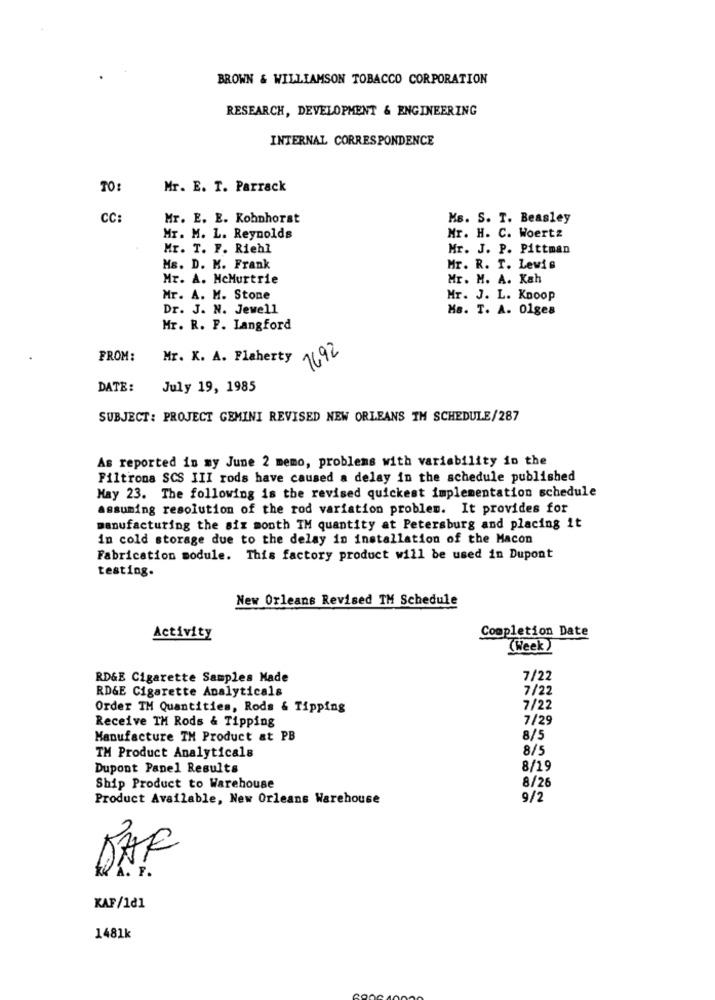
BROWN & WILLIAMSON TOBACCO CORPORATION
RESEARCH, DEVELOPMENT & ENGINEERING
INTERNAL CORRESPONDENCE
TO:
Mr. E. T. Parrack
CC
Mr. E. E. Kohnhorst
Ms. S. T. Beasley
Mr. H. C. Woertz
Mr. M. L. Reynolds
Mr. T. F. Riehl
Mr. J. P. Pittman
Ms. D. M. Frank
Mr. R. T. Lewis
Mr. A. McMurtrie
Mr. M. A. Kah
Mr. A. M. Stone
Mr. J. L. Knoop
Dr. J. N. Jewell
Ms. T. A. 01ges
Mr. R. F. Langford
1692
FROM:
Mr. K. A. Flaherty
DATE:
July 19, 1985
SUBJECT: PROJECT GEMINI REVISED NEW ORLEANS TH SCHEDULE/287
As reported in my June 2 memo, problems with variability in the
Filtrona SCS III rods have caused a delay in the schedule published
May 23. The following is the revised quickest implementation schedule
assuming resolution of the rod variation problem. It provides for
manufacturing the six month IM quantity at Petersburg and placing it
in cold storage due to the delay in installation of the Macon
Fabrication module. This factory product will be used in Dupont
testing.
New Orleans Revised TM Schedule
Completion Date
Activity
(Week )
RD&E Cigarette Samples Made
7/22
RD&E Cigarette Analyticals
7/22
Order TM Quantities, Rods & Tipping
7/22
Receive TH Rods & Tipping
7/29
Manufacture TH Product at PB
8/5
8/5
TM Product Analyticals
Dupont Panel Results
8/19
8/26
Ship Product to Warehouse
Product Available, New Orleans Warehouse
9/2
BAR
KA. F.
KAF/1d1
1481k